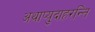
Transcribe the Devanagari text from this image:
अथाप्युदाहरन्ति